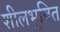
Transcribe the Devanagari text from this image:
शीलभूषित